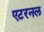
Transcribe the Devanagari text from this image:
एटरनल